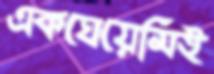
একঘেয়েমিই